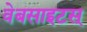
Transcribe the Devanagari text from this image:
वेबसाइटस्